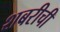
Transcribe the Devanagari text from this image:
शबरीची